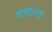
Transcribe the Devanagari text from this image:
नात्यातुन